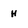
Character: h